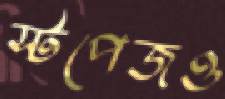
স্টপেজও